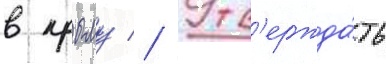
в крыму // Утв'ержда́ть